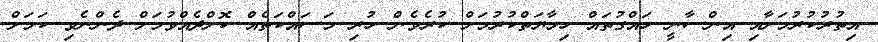
އިތުރުކުރުމަށާއި އިންސާނީ ހައްގުތައް ހިމާޔަތްކުރުމަށް ކުރެވެން ހުރި މަސައްކަތެއް ކޮށްދެއްވުމަށް ދެންނެވި ކަމަށް